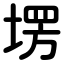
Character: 塄